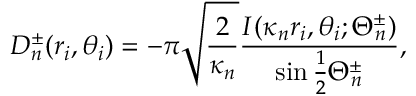
D _ { n } ^ { \pm } ( r _ { i } , \theta _ { i } ) = - \pi \sqrt { \frac { 2 } { \kappa _ { n } } } \frac { I ( \kappa _ { n } r _ { i } , \theta _ { i } ; \Theta _ { n } ^ { \pm } ) } { \sin \frac { 1 } { 2 } \Theta _ { n } ^ { \pm } } ,